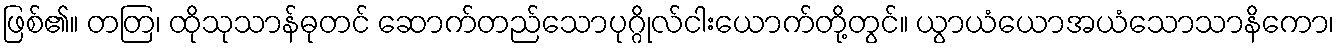
ဖြစ်၏။ တတြ၊ ထိုသုသာန်ဓုတင် ဆောက်တည်သောပုဂ္ဂိုလ်ငါးယောက်တို့တွင်။ ယွာယံယောအယံသောသာနိကော၊